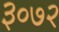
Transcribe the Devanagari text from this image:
३०७२